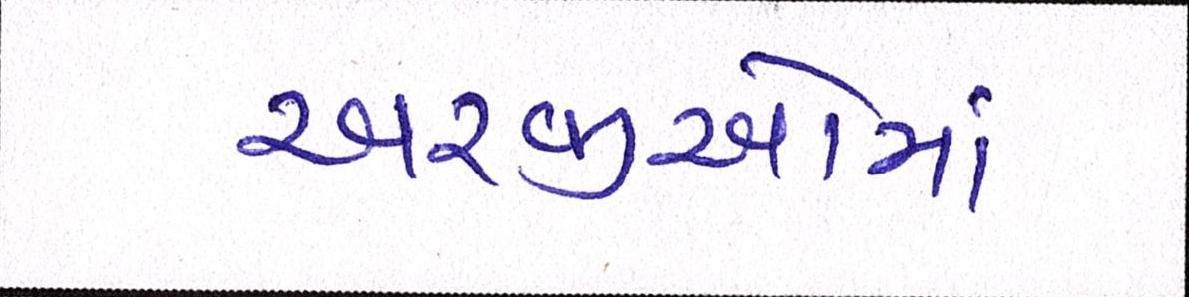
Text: અરજીઓમાં